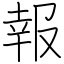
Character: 報